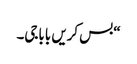
“بس کریں باباجی۔